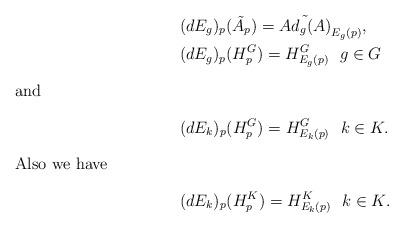
LaTeX: \begin{align*}&(dE_{g})_{p}(\tilde{A}_{p})=\tilde{Ad_{g}(A)}_{E_{g}(p)},\\&(dE_{g})_{p}(H_{p}^{G})=H_{E_{g}(p)}^{G}~~g\in G \intertext{and}&(dE_{k})_{p}(H_{p}^{G})=H_{E_{k}(p)}^{G}~~k\in K.\intertext{Also we have}&(dE_{k})_{p}(H_{p}^{K})=H_{E_{k}(p)}^{K}~~k\in K.\end{align*}